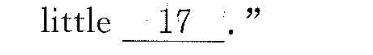
little \underline{17}”